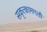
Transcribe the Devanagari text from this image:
सकृत्कामगतौ